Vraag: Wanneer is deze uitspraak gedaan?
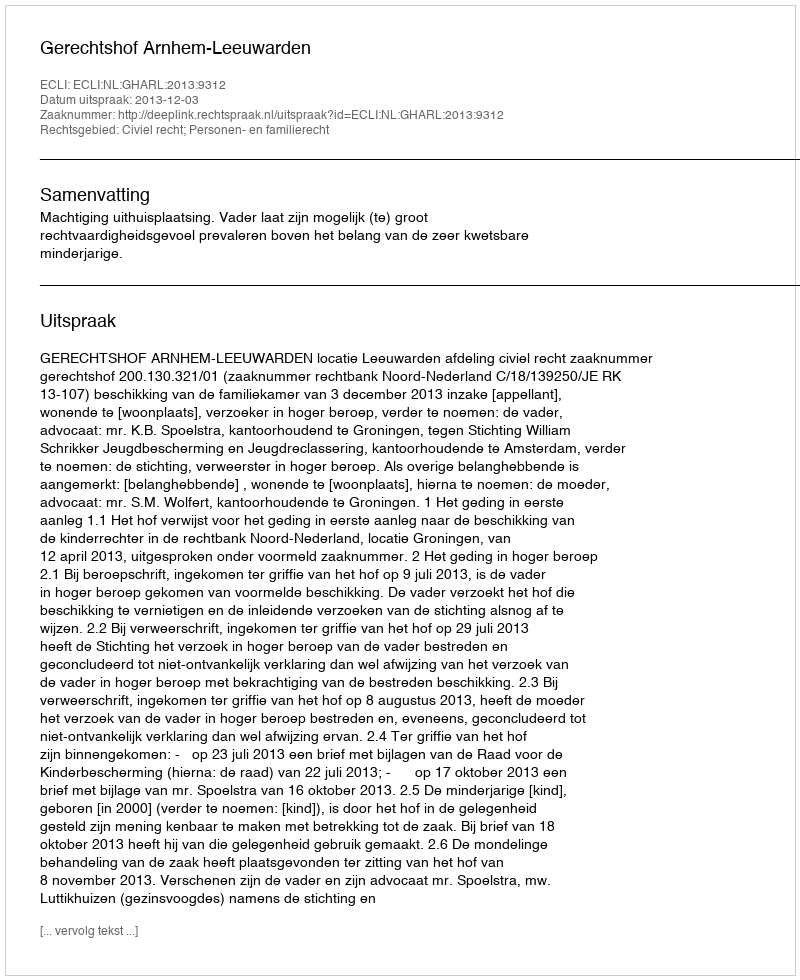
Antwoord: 2013-12-03